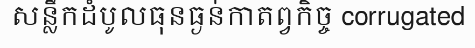
សន្លឹកដំបូលធុនធ្ងន់កាតព្វកិច្ច corrugated